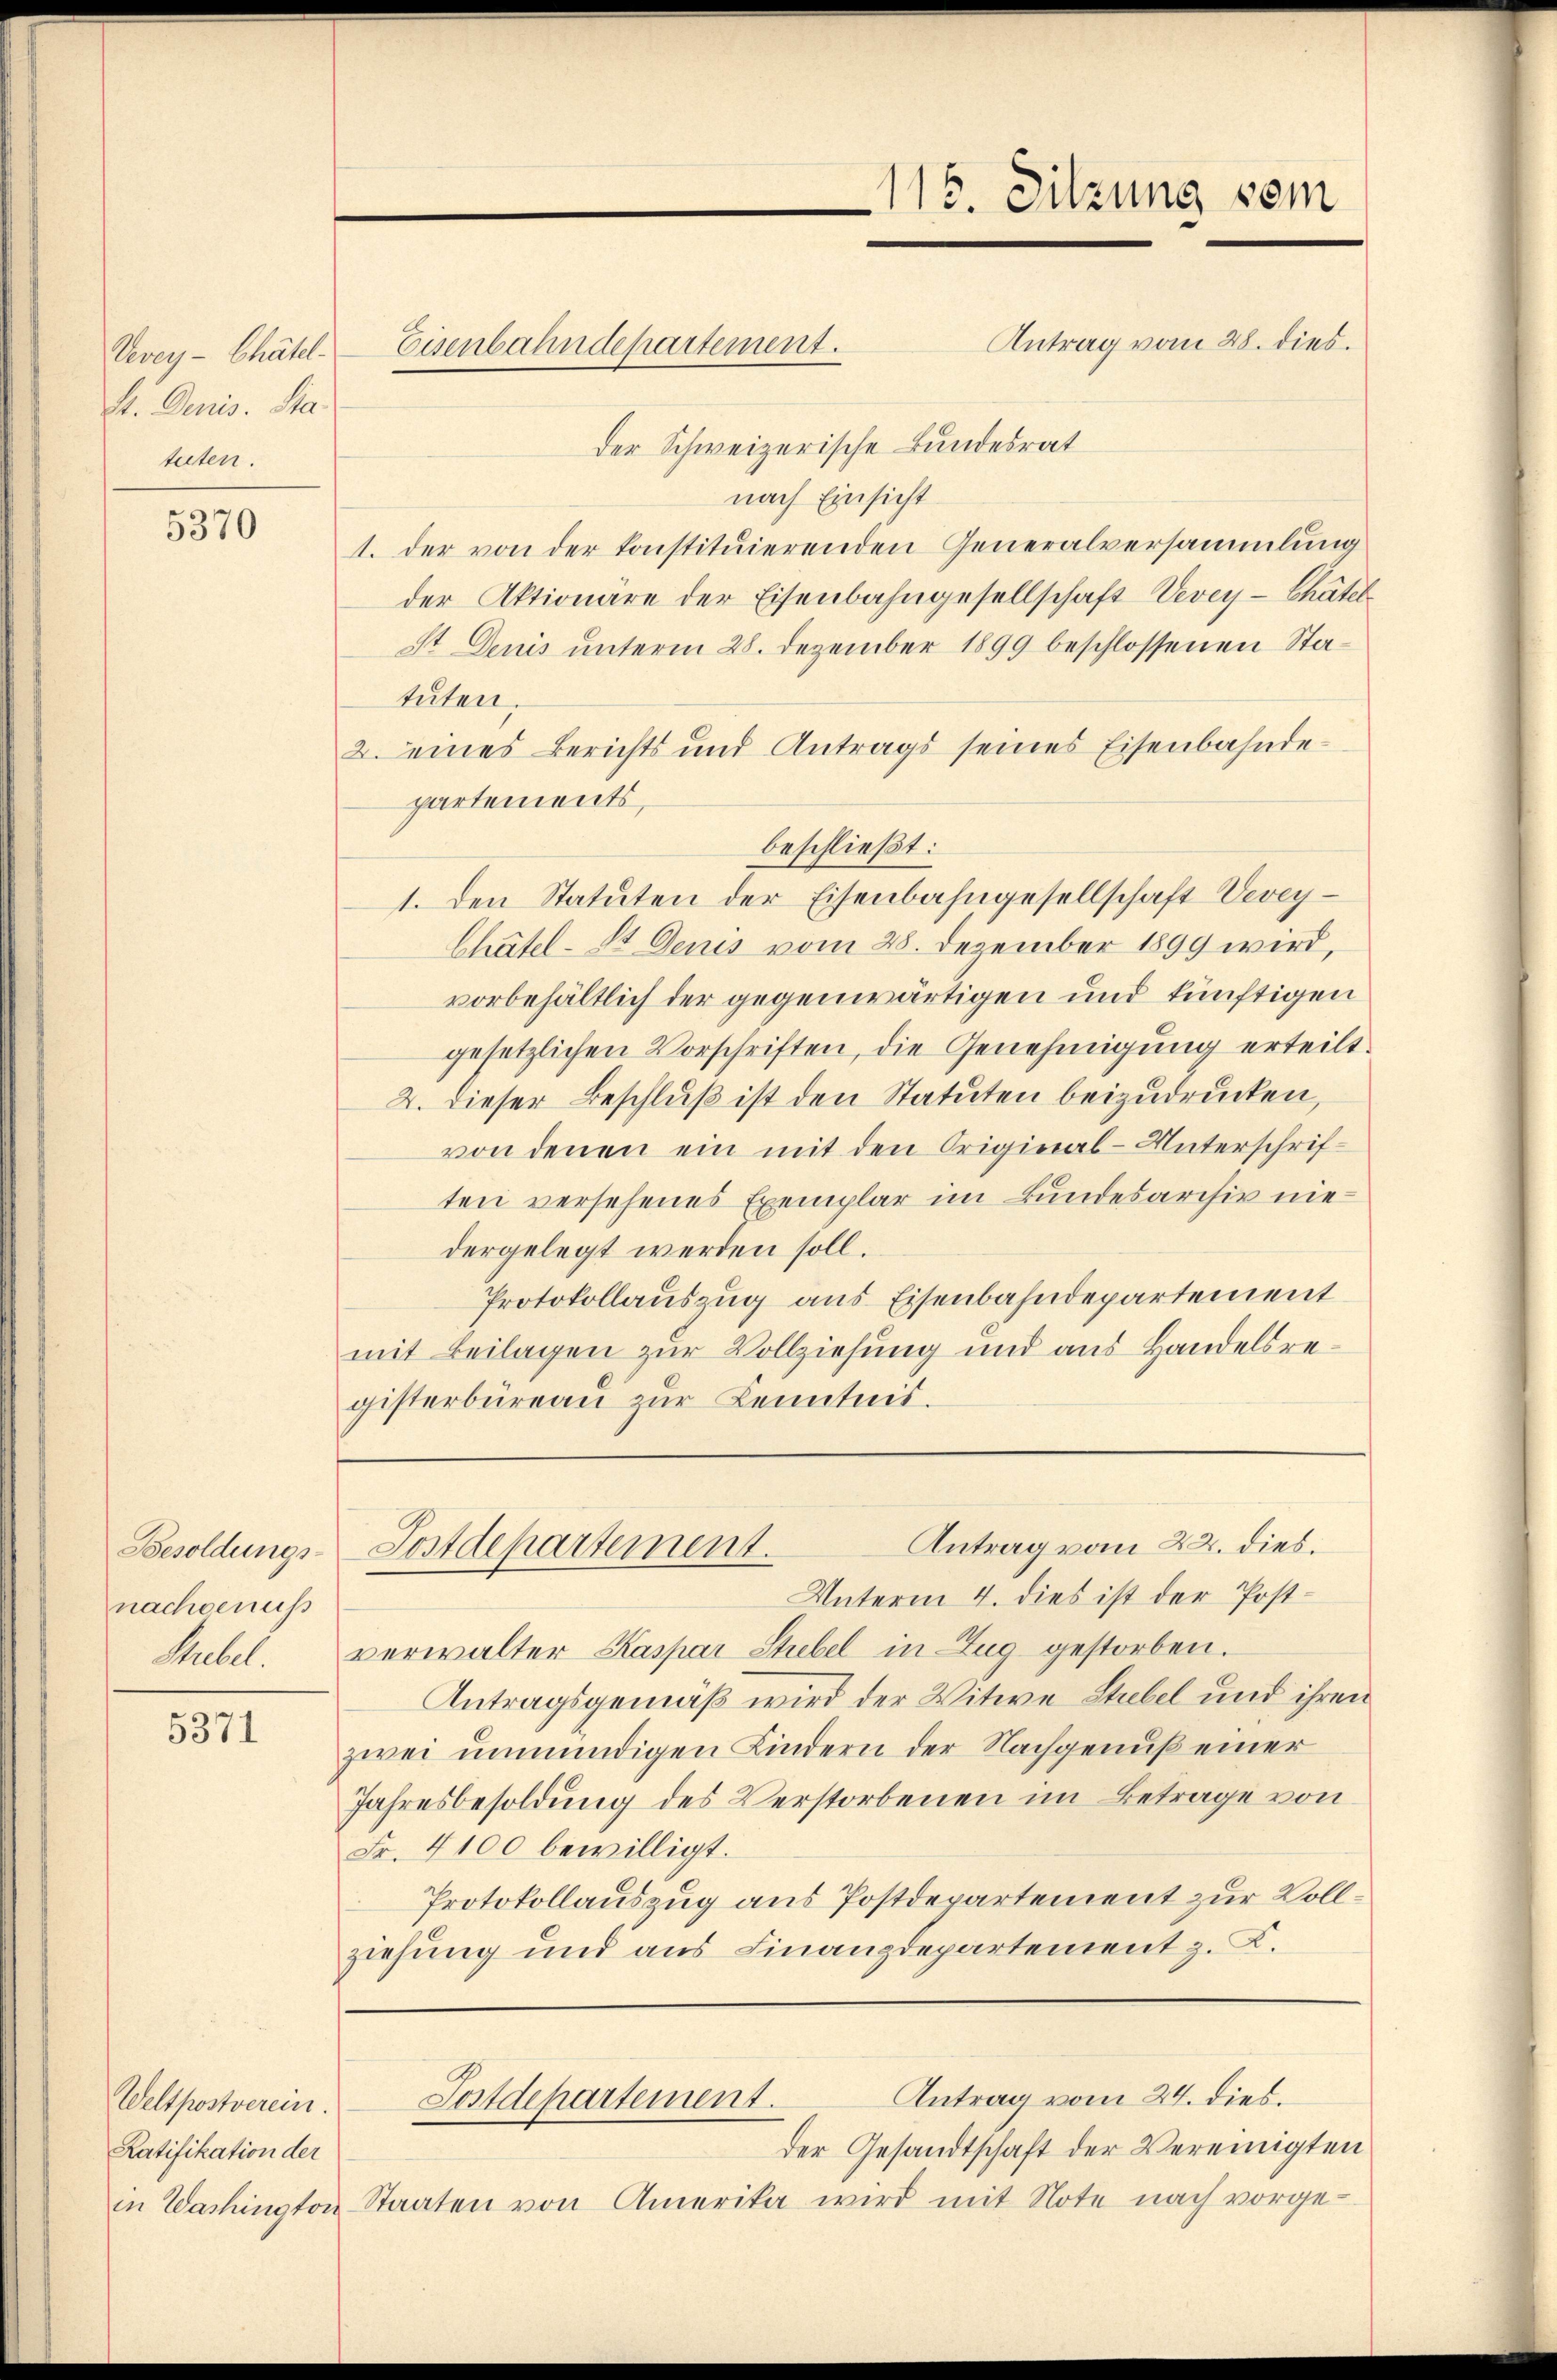
Vevey- Chätel-
S. Denis. Sta
tuten.

5370

Besoldungs-
nachgenuss
Stubel.

5371

Eisenbahndepartement.

Weltpostverein.
Ratifikation der

Antrag vom 28. dies.
Der Schweizerische Bundesrat
nach Einsicht
1. der von der konstituierenden Generalversammlung
der Aktionäre der Eisenbahngesellschaft Vevey - Chätel
St Denis unterm 28. Dezember 1899 beschlossenen Statäten.
2. eines Berichts und Antrags seines Eisenbahndepartements,
beschließt:
1. Den Statuten der Eisenbahngesellschaft Vevey¬
Chätel-St Denis vom 28. Dezember 1899 wird,
vorbehältlich der gegenwärtigen und künftigen
gesetzlichen Vorschriften, die Genehmigung erteilt.
2. dieser Beschluß ist den Statuten beizudrucken,
von denen ein mit den Original-Unterschriften versehenes Exemplar im Bundesarchiv niedergelegt werden soll.
Protokollauszug aus Eisenbahndepartement
mit Beilagen zur Vollziehung und aus Handelsregisterbüreaŭ zŭr Kenntnis.

115. Sitzung vom

Unterm 4. dies ist der Postverwalter Kaspar Strebel in Zug gestorben.
Antragsgemäß wird der Witwe Stuebel und ihren
zwei unmündigen Kindern der Nachgenuß einer
Jahresbesoldung des Verstorbenen im Betrage von
Fr. 4100 bewilligt.
Protokollauszug aus Postdepartement zur Vollziehung und aus Finanzdepartement z. K.

Antrag vom 22. dies.
Postdepartement.

der Gesandtschaft der Vereinigten
in Washington Staaten von Amerika wird mit Note nach vorge-

Antrag vom 24. dies.
Postdepartement.